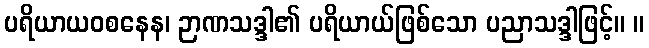
ပရိယာယဝစနေန၊ ဉာဏသဒ္ဒါ၏ ပရိယာယ်ဖြစ်သော ပညာသဒ္ဒါဖြင့်။ ။